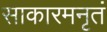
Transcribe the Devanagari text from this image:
साकारमनृतं